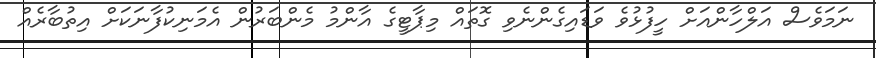
ނަމަވެސް އަލްހާންއަށް ހީފުޅުވެ ވަޑައިގެންނެވި ގޮތައް މިޕާޓީގެ އާންމު މެންބަރުން އެމަނިކުފާނަކަށް އިތުބާރެއް